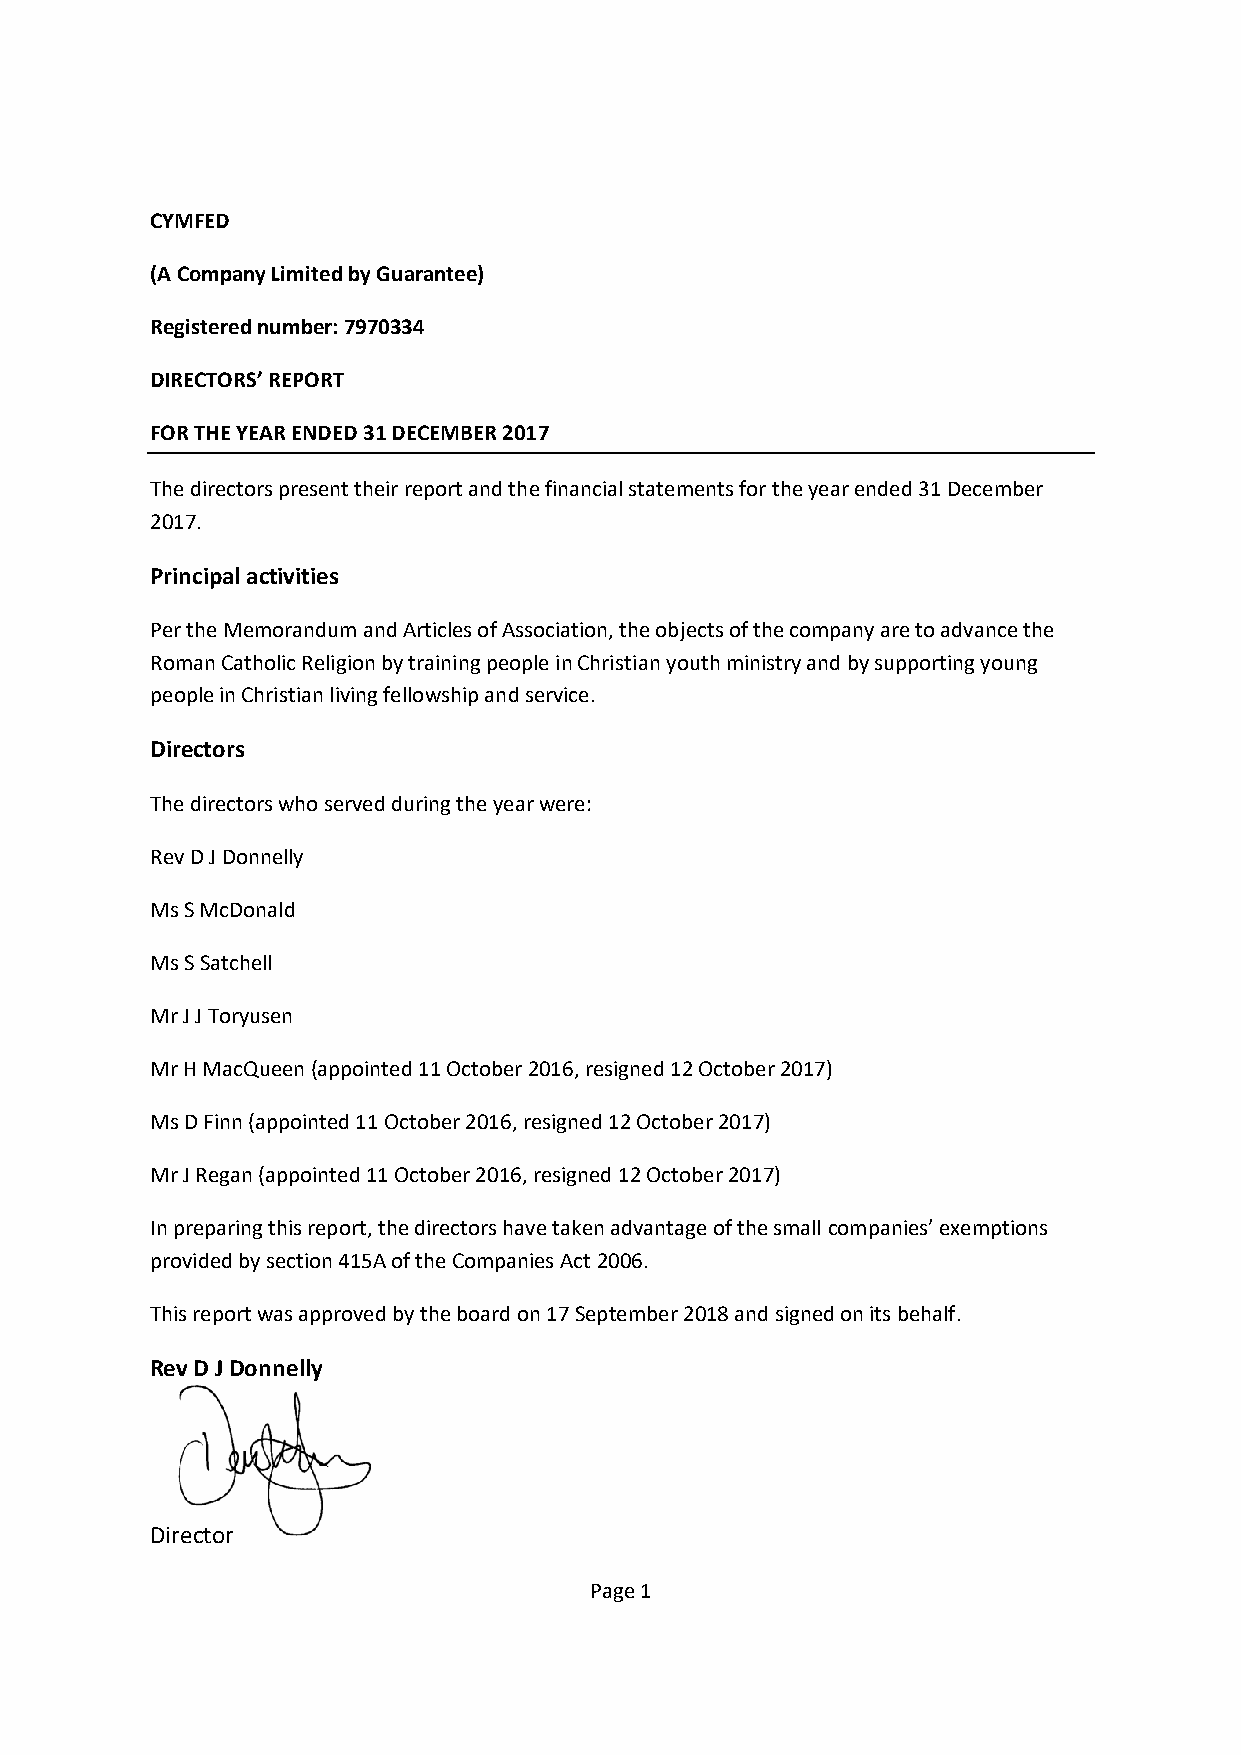
CYMFED
 (A Company Limited by Guarantee)
 Registered number: 7970334
 DIRECTORS’ REPORT
 FOR THE YEAR ENDED 31 DECEMBER 2017
 The directors present their report and the financial statements for the year ended 31 December
 2017.
 Principal activities
 Per the Memorandum and Articles of Association, the objects of the company are to advance the
 Roman Catholic Religion by training people in Christian youth ministry and by supporting young
 people in Christian living fellowship and service.
 Directors
 The directors who served during the year were:
 Rev D J Donnelly
 Ms S McDonald
 Ms S Satchell
 Mr J J Toryusen
 Mr H MacQueen (appointed 11 October 2016, resigned 12 October 2017)
 Ms D Finn (appointed 11 October 2016, resigned 12 October 2017)
 Mr J Regan (appointed 11 October 2016, resigned 12 October 2017)
 In preparing this report, the directors have taken advantage of the small companies’ exemptions
 provided by section 415A of the Companies Act 2006.
 This report was approved by the board on 17 September 2018 and signed on its behalf.
 Rev D J Donnelly
 Director
 Page 1